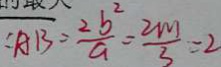
: A B = \frac { 2 b ^ { 2 } } { a } = \frac { 2 m } { 3 } = 2